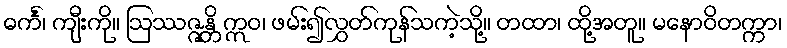
ဓင်္ကံ၊ ကျီးကို။ ဩဿဇ္ဇန္တိ ဣဝ၊ ဖမ်း၍လွှတ်ကုန်သကဲ့သို့။ တထာ၊ ထို့အတူ။ မနောဝိတက္ကာ၊